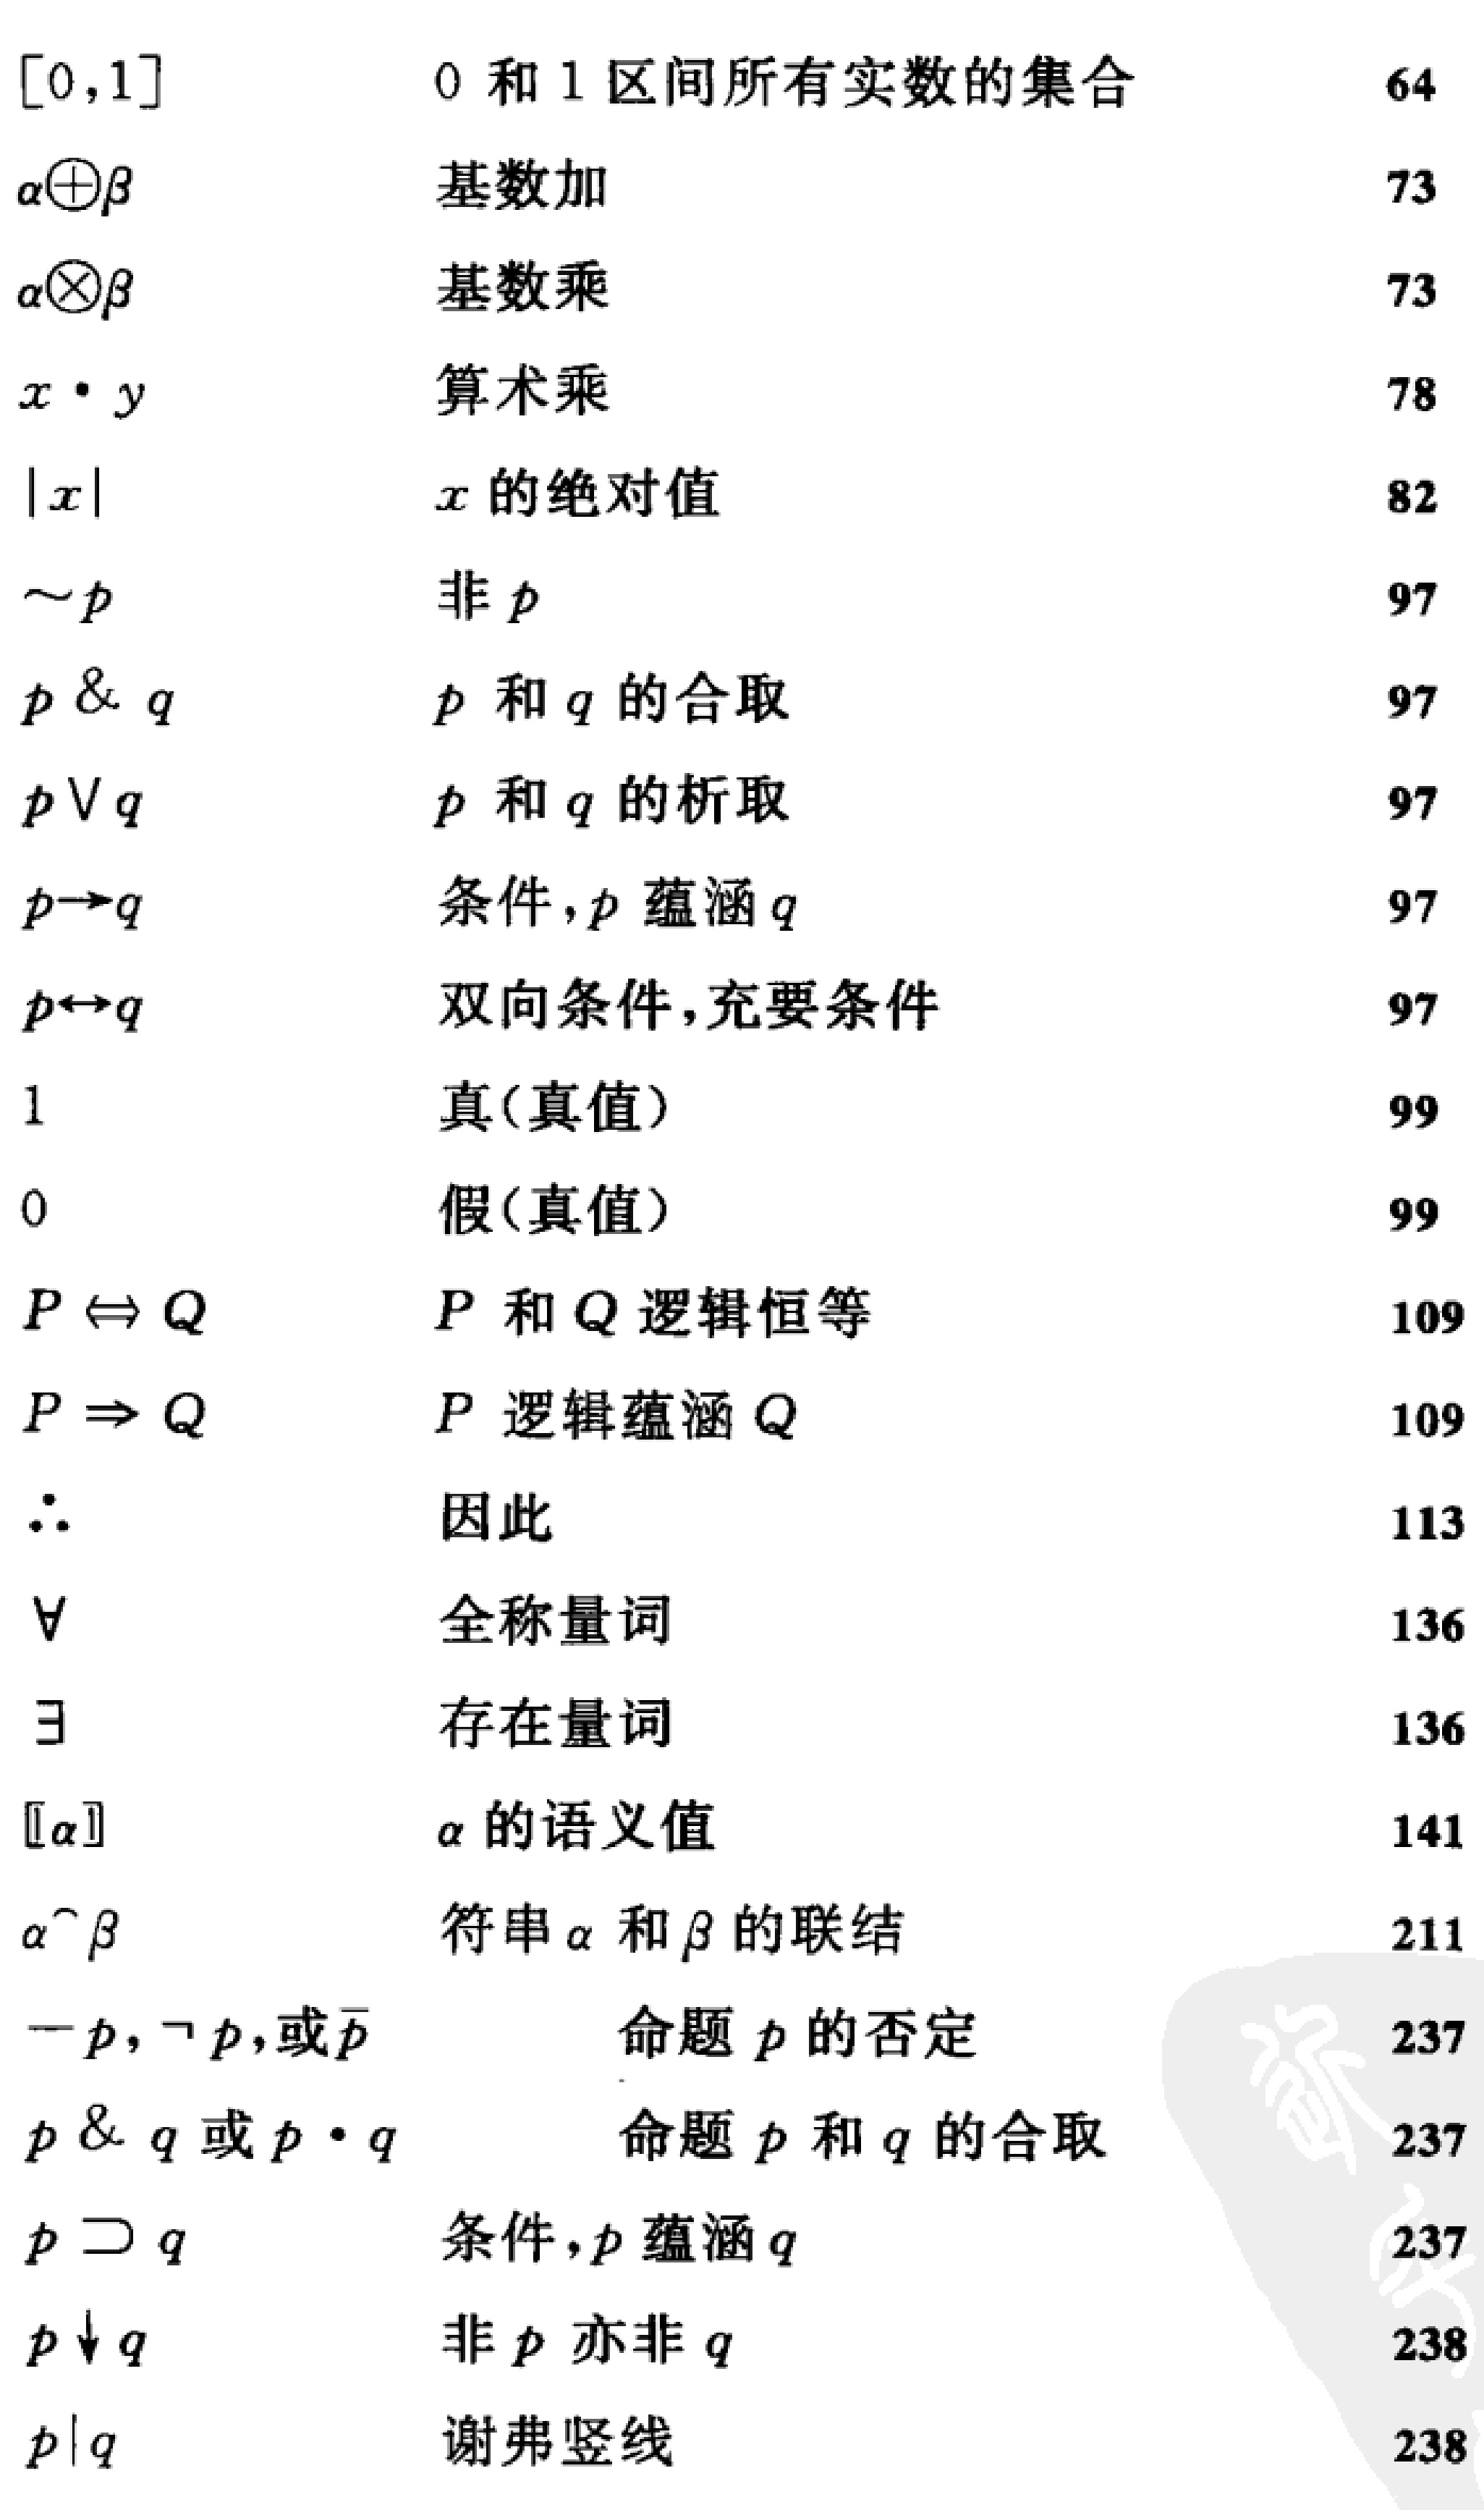
\begin{tabular}{lll}
{$[0,1]$} & 0 和 1 区间所有实数的集合 & 64 \\
$\alpha \oplus \beta$ & 基数加 & 73 \\
$\alpha \otimes \beta$ & 基数乘 & 73 \\
$x \cdot y$ & 算术乘 & 78 \\
$|x|$ & $x$ 的绝对值 & 82 \\
$\sim p$ & 非 $p$ & 97 \\
$p \& q$ & $p$ 和 $q$ 的合取 & 97 \\
$p \vee q$ & $p$ 和 $q$ 的析取 & 97 \\
$p \rightarrow q$ & 条件, $p$ 蕴涵 $q$ & 97 \\
$p \leftrightarrow q$ & 双向条件,充要条件 & 97 \\
1 & 真(真值) & 99 \\
0 & 假(真值) & 99 \\
$P \Leftrightarrow Q$ & $P$ 和 $Q$ 逻辑恒等 & 109 \\
$P \Rightarrow Q$ & $P$ 逻辑蕴涵 $Q$ & 109 \\
$\therefore$ & 因此 & 113 \\
$\forall$ & 全称量词 & 136 \\
$\exists$ & 存在量词 & 136 \\
$\llbracket \alpha \rrbracket$ & $\alpha$ 的语义值 & 141 \\
$\alpha^{\wedge} \beta$ & 符串 $\alpha$ 和 $\beta$ 的联结 & 211 \\
$\neg p, \neg p$,或 $\bar{p}$ & 命题 $p$ 的否定 & 237 \\
$p \& q$ 或 $p \cdot q$ & 命题 $p$ 和 $q$ 的合取 & 237 \\
$p \supset q$ & 条件, $p$ 蕴涵 $q$ & 237 \\
$p \downarrow q$ & 非 $p$ 亦非 $q$ & 238 \\
$p|q$ & 谢弗竖线 & 238
\end{tabular}